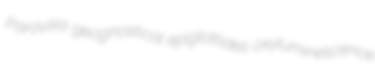
Parousia geognostical epiglottides oxyluminescence